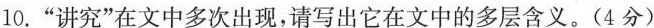
10.“讲究”在文中多次出现,请写出它在文中的多层含义。(4分)